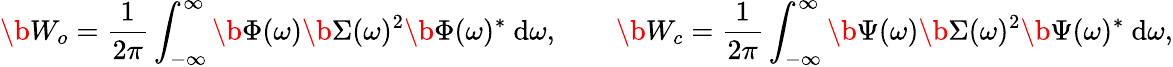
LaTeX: \b{W_{o}}=\frac{1}{2\pi}\int_{-\infty}^{\infty}\b{\Phi}(\omega)\b{\Sigma}(\omega)^{2}\b{\Phi}(\omega)^{*}~\mathrm{d}\omega,\qquad\b{W_{c}}=\frac{1}{2\pi}\int_{-\infty}^{\infty}\b{\Psi}(\omega)\b{\Sigma}(\omega)^{2}\b{\Psi}(\omega)^{*}~\mathrm{d}\omega,